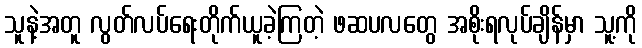
သူနဲ့အတူ လွတ်လပ်ရေးတိုက်ယူခဲ့ကြတဲ့ ဖဆပလတွေ အစိုးရလုပ်ချိန်မှာ သူ့ကို